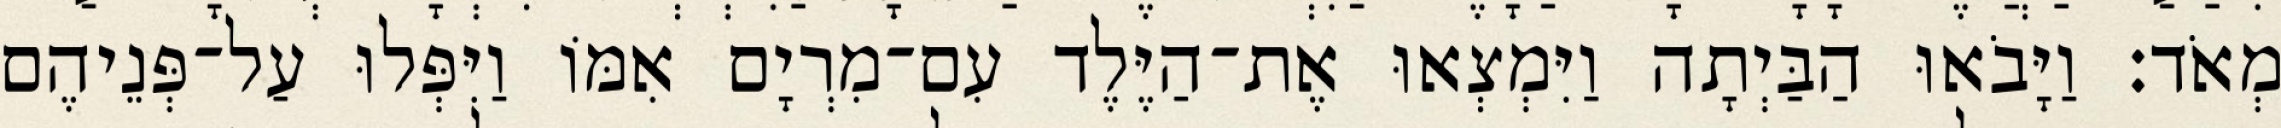
מְאֹד׃ וַיָּבֹאוּ הַבַּיְתָה וַיִּמְצְאוּ אֶת־הַיֶּלֶד עִם־מִרְיָם אִמּוֹ וַיִּפְּלוּ עַל־פְּנֵיהֶם